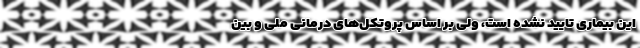
این بیماری تایید نشده است، ولی بر اساس پروتکل‌های درمانی ملی و بین